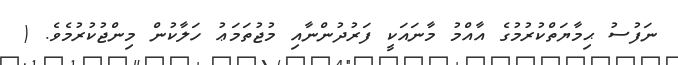
ނަފުސު ޙިމާޔަތްކުރުމުގެ އާއްމު މާނައަކީ ފަރުދުންނާއި މުޖުތަމަޢު ހަލާކުން މިންޖުކުރުމެވެ. (